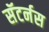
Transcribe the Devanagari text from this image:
सॅटर्नस